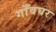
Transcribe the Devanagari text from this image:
गाँवघर